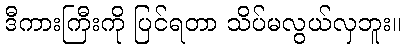
ဒီကားကြီးကို ပြင်ရတာ သိပ်မလွယ်လှဘူး။